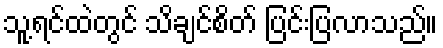
သူ့ရင်ထဲတွင် သိချင်စိတ် ပြင်းပြလာသည်။